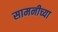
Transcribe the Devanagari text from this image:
सामनीच्या